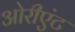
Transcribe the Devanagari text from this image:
ओरीएंट